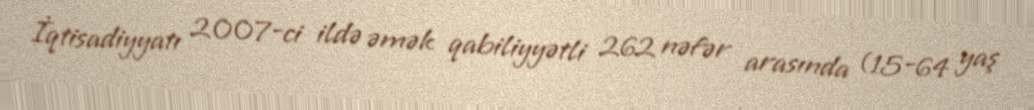
İqtisadiyyatı 2007-ci ildə əmək qabiliyyətli 262 nəfər arasında (15-64 yaş